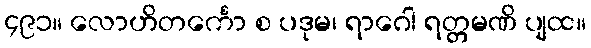
၄၉၁။ လောဟိတင်္ကော စ ပဒုမ၊ ရာဂေါ ရတ္တမဏိ ပျထ။